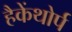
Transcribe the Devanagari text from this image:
हैकेंथोर्प